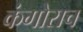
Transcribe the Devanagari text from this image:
कंगोराच